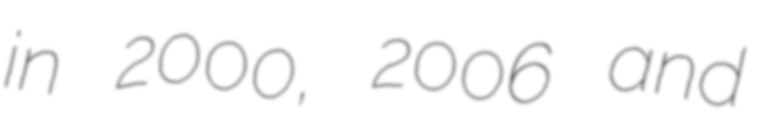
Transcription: in 2000, 2006 and